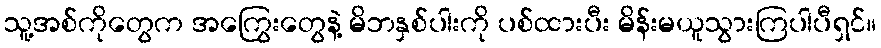
သူ့အစ်ကိုတွေက အကြွေးတွေနဲ့ မိဘနှစ်ပါးကို ပစ်ထားပီး မိန်းမယူသွားကြပါပီရှင်။